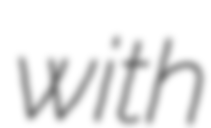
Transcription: with